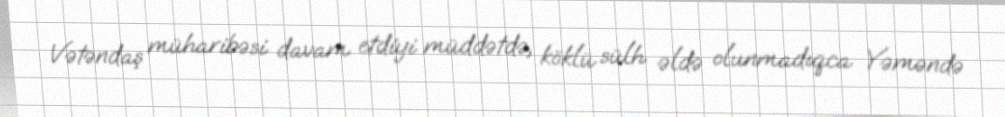
Vətəndaş müharibəsi davam etdiyi müddətdə, köklü sülh əldə olunmadıqca Yəməndə